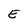
Character: E